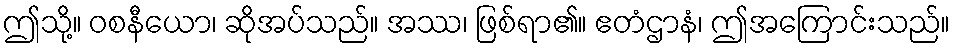
ဤသို့။ ဝစနီယော၊ ဆိုအပ်သည်။ အဿ၊ ဖြစ်ရာ၏။ ဧတံဌာနံ၊ ဤအကြောင်းသည်။